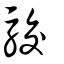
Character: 駮